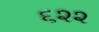
૬૨૨